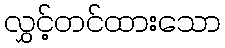
လွှင့်တင်ထားသော